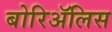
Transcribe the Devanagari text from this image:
बोरिॲलिस